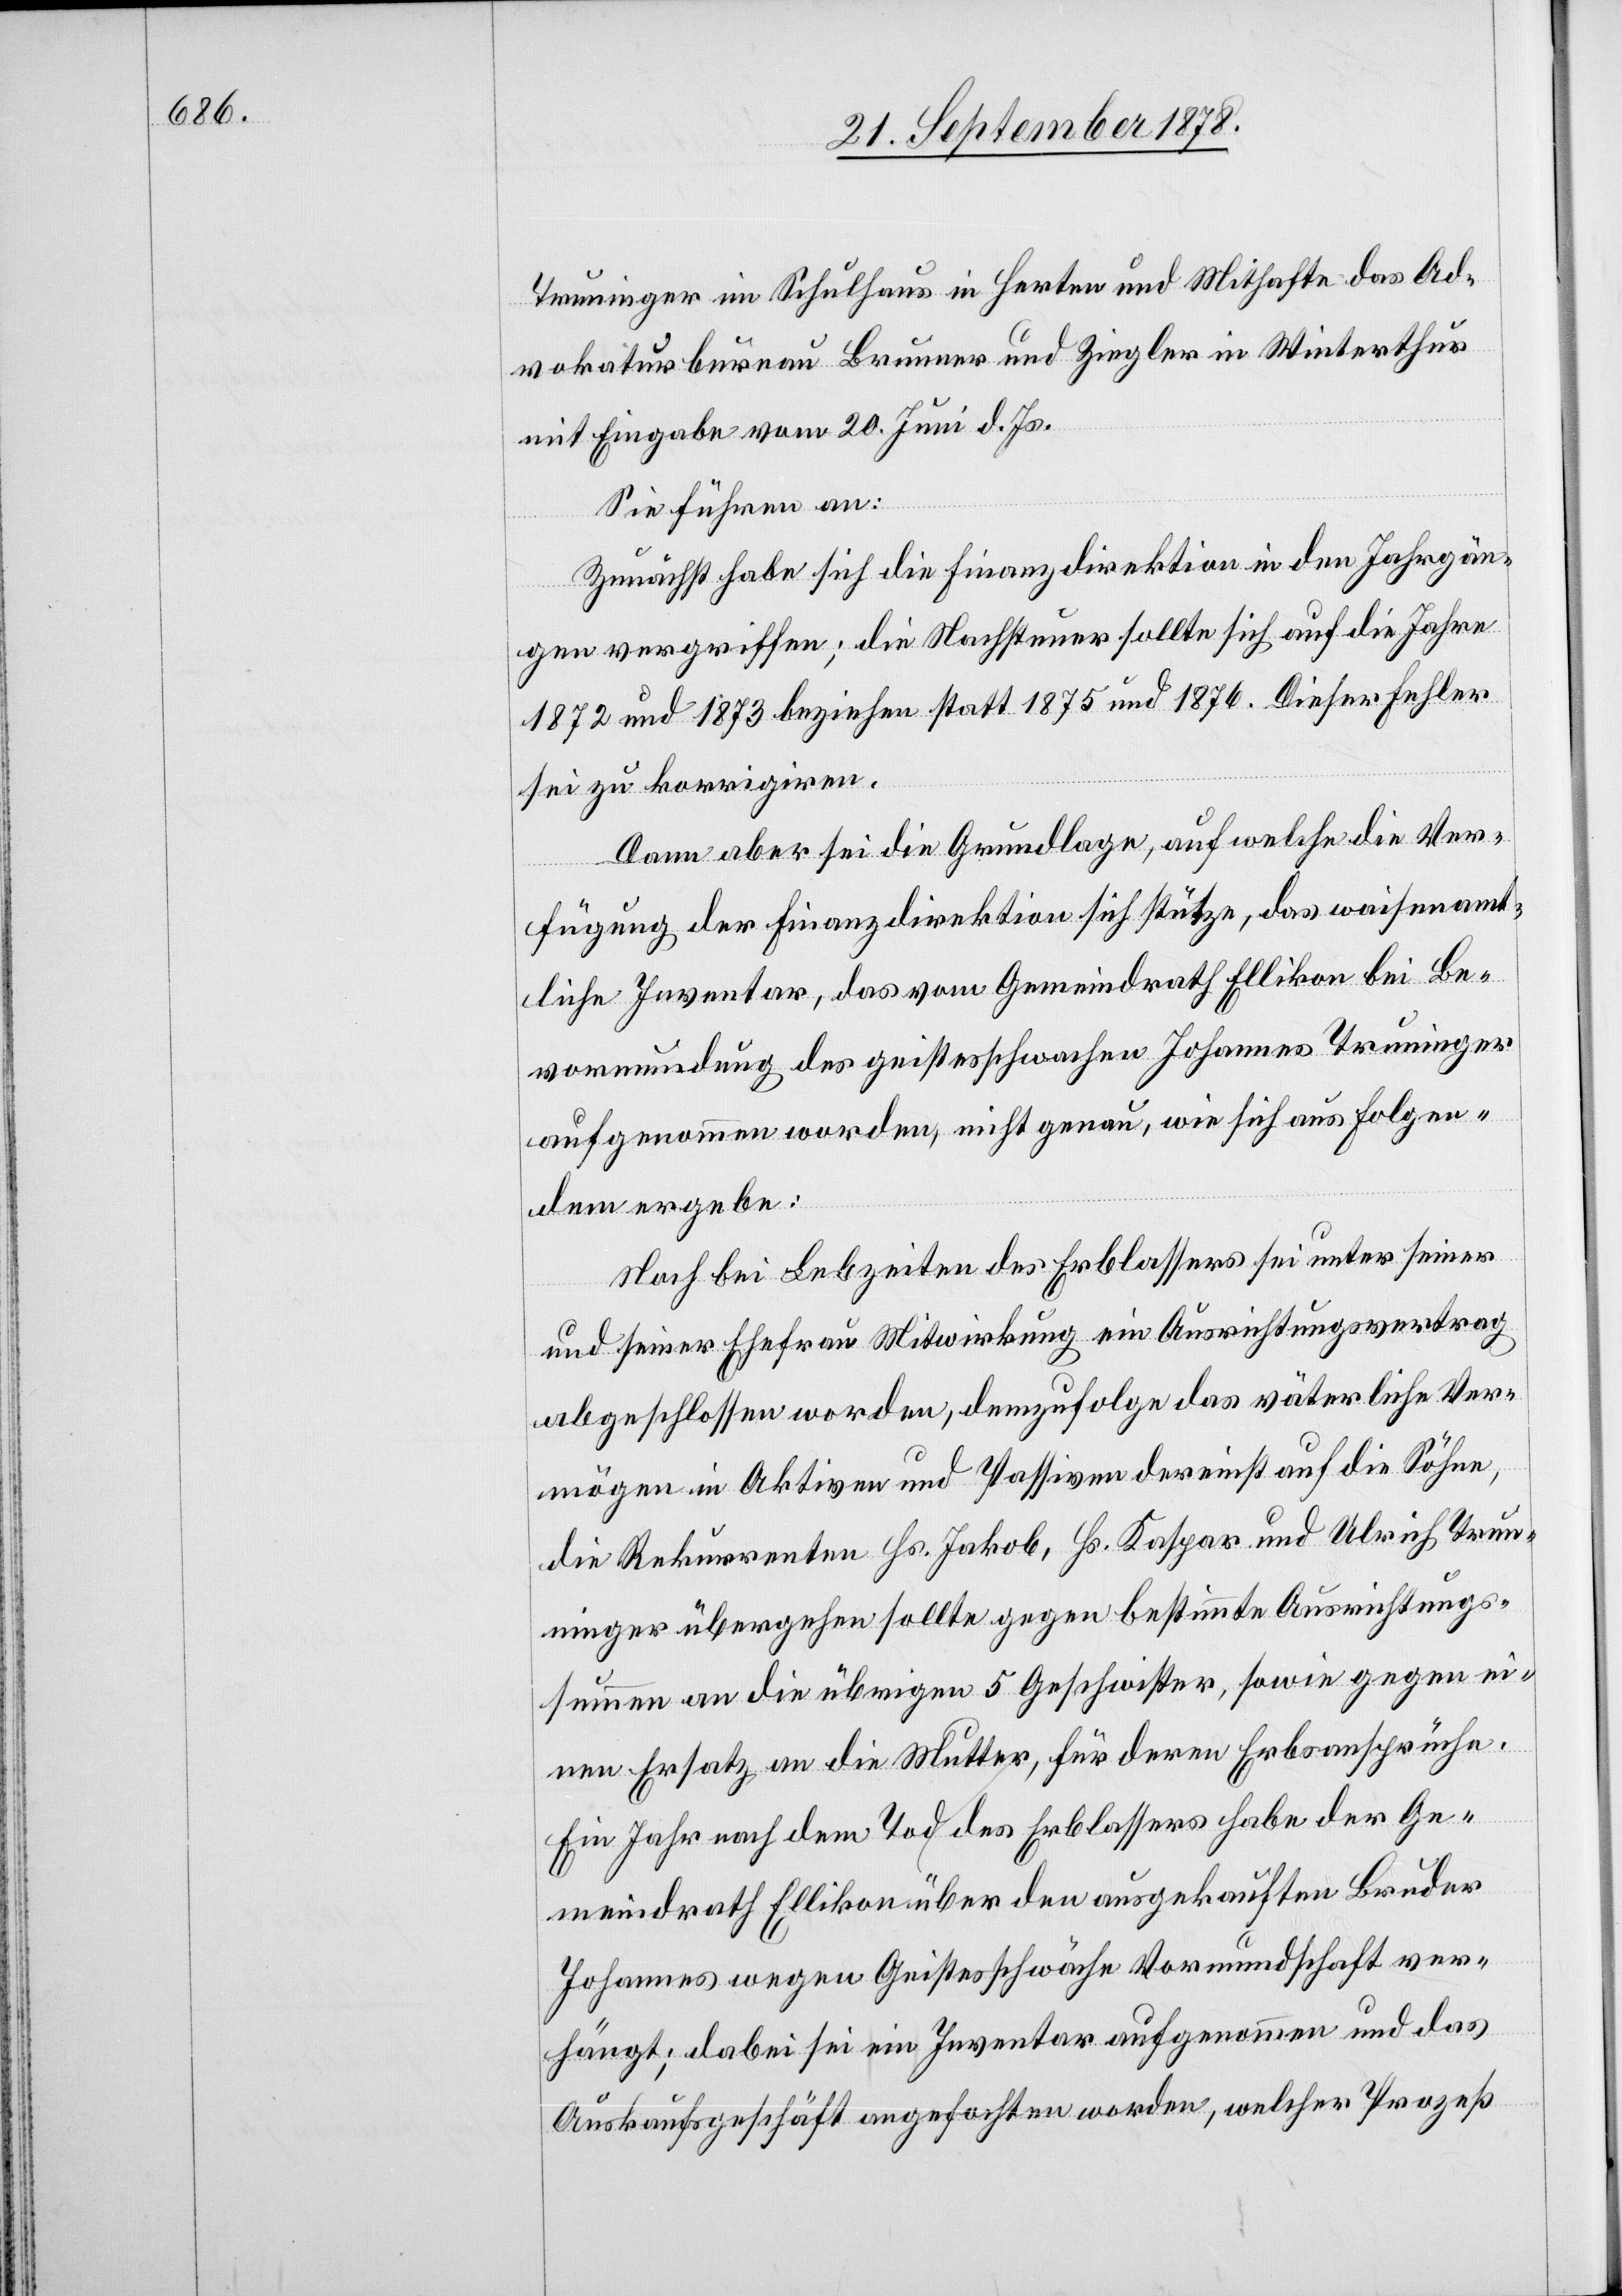
Truninger im Schulhaus in Herten und Mithafte das Ad¬
vokaturbureau Brunner und Ziegler in Winterthur
mit Eingabe vom 20. Juni d. Js.
Sie führen an:
Zunächst habe sich die Finanzdirektion in den Jahrgän¬
gen vergriffen; die Nachsteuer sollte sich auf die Jahre
1872 und 1873 beziehen statt 1875 und 1876. Dieser Fehler
sei zu korrigiren.
Dann aber sei die Grundlage, auf welche die Ver¬
fügung der Finanzdirektion sich stütze, das waisenamt¬
liche Inventar, das vom Gemeindrath Ellikon bei Be¬
vormundung des geistesschwachen Johannes Truninger
aufgenommen worden, nicht genau, wie sich aus Folgen¬
dem ergebe:
Noch bei Lebzeiten des Erblassers sei unter seiner
und seiner Ehefrau Mitwirkung ein Ausrichtungsvertrag
abgeschlossen worden, demzufolge das väterliche Ver¬
mögen in Aktiven und Passiven dereinst auf die Söhne,
die Rekurrenten Hs. Jakob, Hs. Kaspar und Ulrich Trun¬
inger übergehen sollte gegen bestimmte Ausrichtungs¬
summen an die übrigen 5 Geschwister, sowie gegen ei¬
nen Ersatz an die Mutter, für deren Erbansprüche.
Ein Jahr nach dem Tod des Erblassers habe der Ge¬
meindrath Ellikon über den ausgekauften Bruder
Johannes wegen Geistesschwäche Vormundschaft ver¬
hängt; dabei sei ein Inventar aufgenommen und das
Auskaufsgeschäft angefochten worden, welcher Prozeß